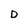
Character: D